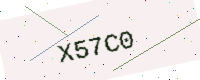
Text: X57C0